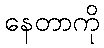
နေတာကို